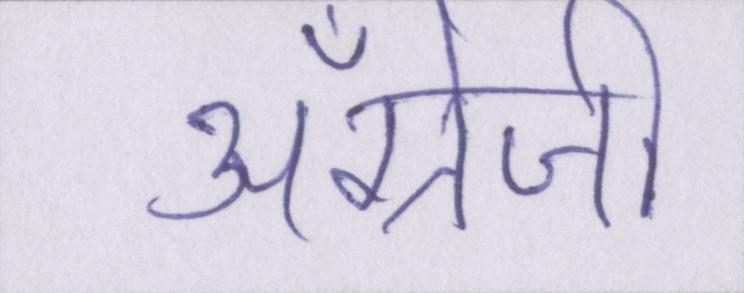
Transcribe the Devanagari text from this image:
अँग्रेजी